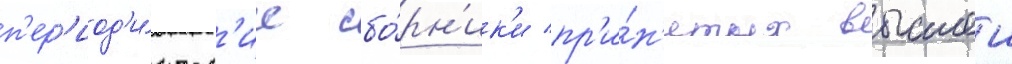
п'ер'иод'и́ческ'ие сбо́рн'ик'и пр'и́н'ятых высшеи